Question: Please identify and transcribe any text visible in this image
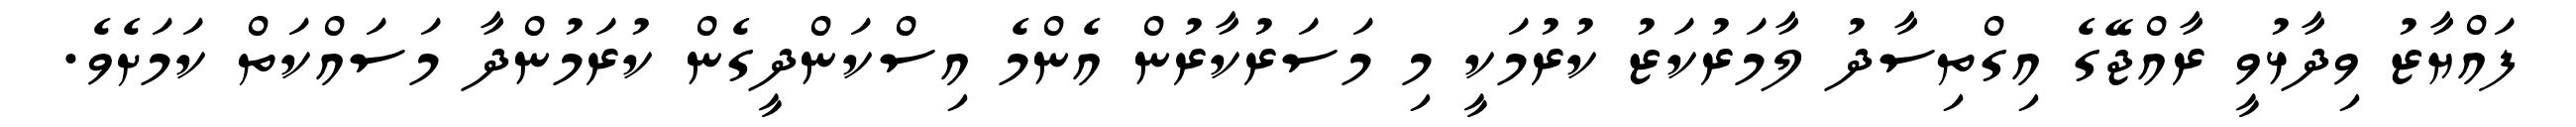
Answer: ފައްޔާޒު ވިދާޅުވީ ރާއްޖޭގެ އިގްތިސާދު ލާމަރުކަޒު ކުރުމަކީ މި މަސަރުކާރުން އެންމެ އިސްކަންދީގެން ކުރަމުންދާ މަސައްކަތް ކަމަށެވެ.